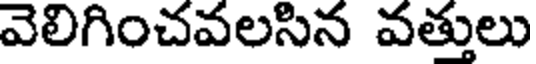
వెలిగించవలసిన వత్తులు